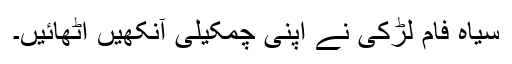
سیاہ فام لڑکی نے اپنی چمکیلی آنکھیں اٹھائیں۔